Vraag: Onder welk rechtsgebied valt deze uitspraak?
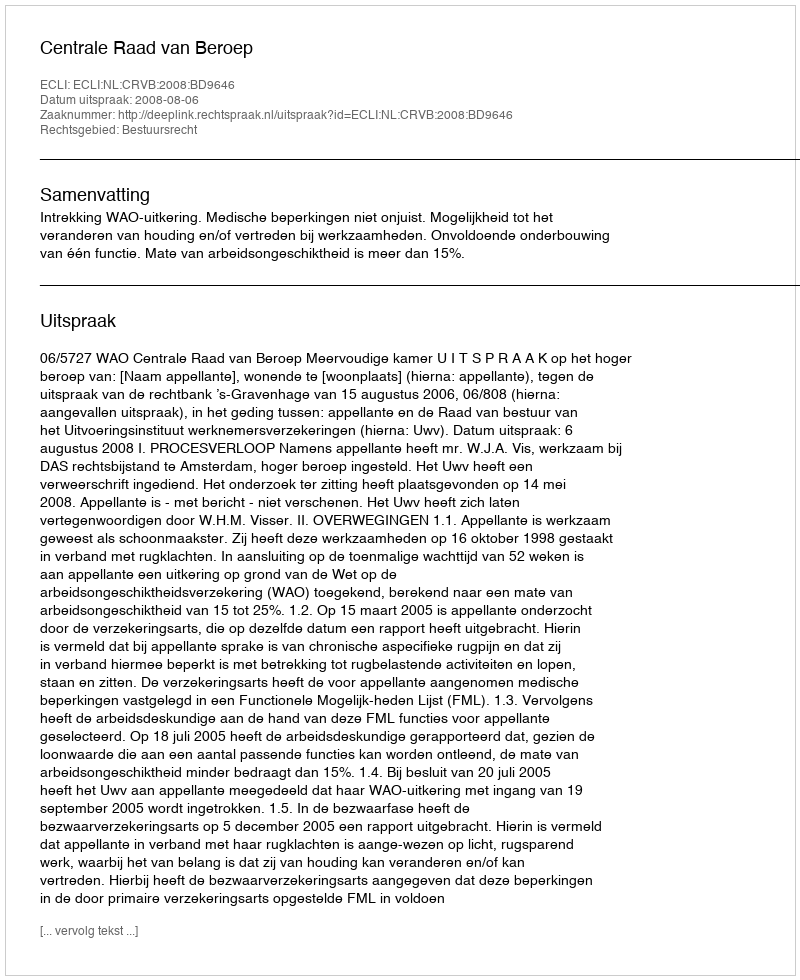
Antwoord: Bestuursrecht